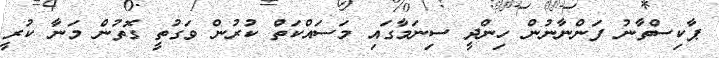
ޕާކިސްތާނު ފަންނާނުން ހިންދީ ސިނަމާގައި މަސައްކަތް ކުރުން ވަގުތީ ގޮތުން މަނާ ކުރީ